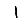
Digit: 1